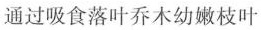
通过吸食落叶乔木幼嫩枝叶